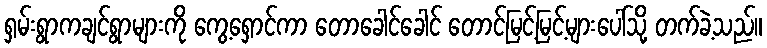
ရှမ်းရွာကချင်ရွာများကို ကွေ့ရှောင်ကာ တောခေါင်ခေါင် တောင်မြင့်မြင့်များပေါ်သို့ တက်ခဲ့သည်။